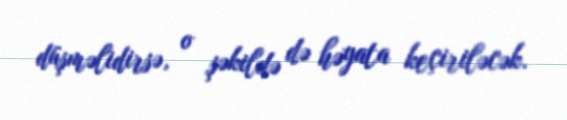
düşməlidirsə, o şəkildə də həyata keçiriləcək.